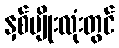
နှစ်မျိုးလုံးတွင်